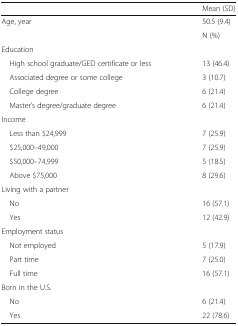
|  | Mean (SD) |
 | --- | --- |
 | Age, year | 50.5 (9.4) |
 |  | N (%) |
 | <COLSPAN=2> Education |
 | High school graduate/GED certificate or less | 13 (46.4) |
 | Associated degree or some college | 3 (10.7) |
 | College degree | 6 (21.4) |
 | Master’s degree/graduate degree | 6 (21.4) |
 | <COLSPAN=2> Income |
 | Less than $24,999 | 7 (25.9) |
 | $25,000–49,000 | 7 (25.9) |
 | $50,000–74,999 | 5 (18.5) |
 | Above $75,000 | 8 (29.6) |
 | Living with a partner |  |
 | No | 16 (57.1) |
 | Yes | 12 (42.9) |
 | <COLSPAN=2> Employment status |
 | Not employed | 5 (17.9) |
 | Part time | 7 (25.0) |
 | Full time | 16 (57.1) |
 | <COLSPAN=2> Born in the U.S. |
 | No | 6 (21.4) |
 | Yes | 22 (78.6) |